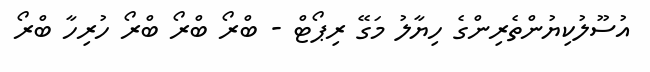
އުސޫލުކިޔުންތެރިންގެ ހިޔާލު މަގޭ ރިޕޯޓް - ބްރޯ ބްރޯ ބްރޯ ހުރިހާ ބްރޯ